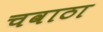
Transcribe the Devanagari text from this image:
चवाठा